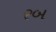
રબ